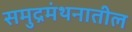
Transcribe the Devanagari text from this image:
समुद्रमंथनातील